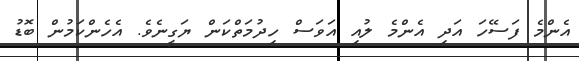
އެންމެ ފަސޭހަ އަދި އެންމެ ލުއި އަވަސް ހިދުމަތްކަން ޔަގީނެވެ. އެހެންކަމުން ބޮޑު